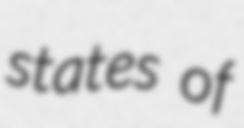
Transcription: states of